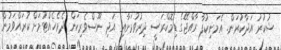
ޝުކުރު އަދާކުރަން. އެމަނިކުފާ ރާއްޖޭގެ ޑިމޮކްރަސީ ދިރުވުމަށާއި އަދި ނޫސްވެރިކަން ދެމެހެއްޓުމަށް ކުރައްވަމުން